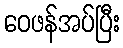
ဝေဖန်အပ်ပြီး